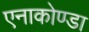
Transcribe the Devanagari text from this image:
एनाकोण्डा